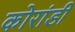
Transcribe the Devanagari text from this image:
कोरांडी